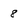
Character: 8